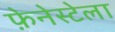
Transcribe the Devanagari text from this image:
फ़ेनेस्टेला